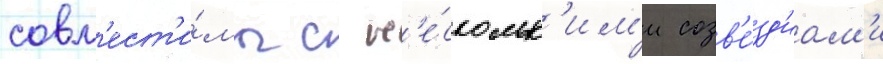
совм'ест'и́мы с н'е́скольк'им'и созв'е́зд'иам'и